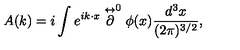
A ( k ) = i \int e ^ { i k \cdot x } \stackrel { \leftrightarrow } { \textstyle \partial } ^ { 0 } \phi ( x ) \frac { d ^ { 3 } x } { ( 2 \pi ) ^ { 3 / 2 } } ,